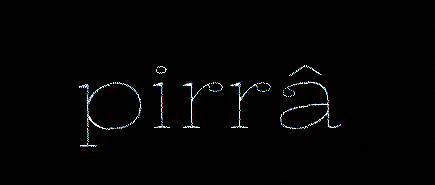
pirrâ